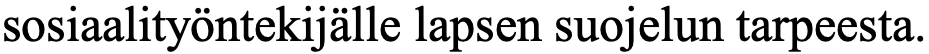
sosiaalityöntekijälle lapsen suojelun tarpeesta.